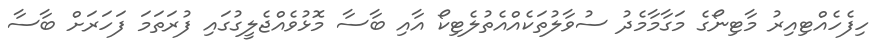
ހިފެހެއްޓިއިރު މާޓިނޯގެ މަގާމާމެދު ސުވާލުތަކެއްއެތުލެޓިކޯ އާއި ބާސާ މޮޅުވެއްޖެލީގުގައި ފުރަތަމަ ފަހަރަށް ބާސާ